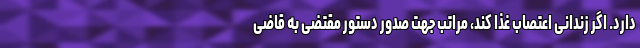
دارد. اگر زندانی اعتصاب غذا کند، مراتب جهت صدور دستور مقتضی به قاضی